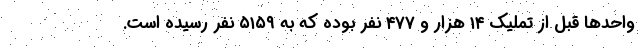
واحدها قبل از تملیک ۱۴ هزار و ۴۷۷ نفر بوده که به ۵۱۵۹ نفر رسیده است.